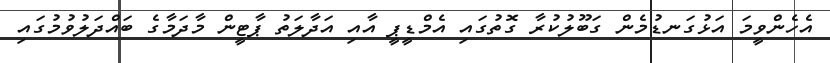
އެހެންވީމަ އަޅުގަނޑުމެން ގަބޫލުކުރާ ގޮތުގައި އެމްޑީޕީ އާއި އަދާލަތު ޕާޓީން މާދަމާގެ ބައްދަލުވުމުގައި